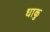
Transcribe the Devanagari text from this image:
धाकु